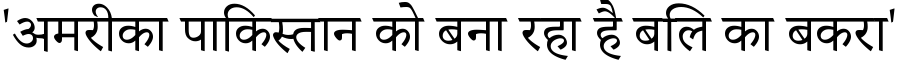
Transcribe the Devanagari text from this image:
'अमरीका पाकिस्तान को बना रहा है बलि का बकरा'